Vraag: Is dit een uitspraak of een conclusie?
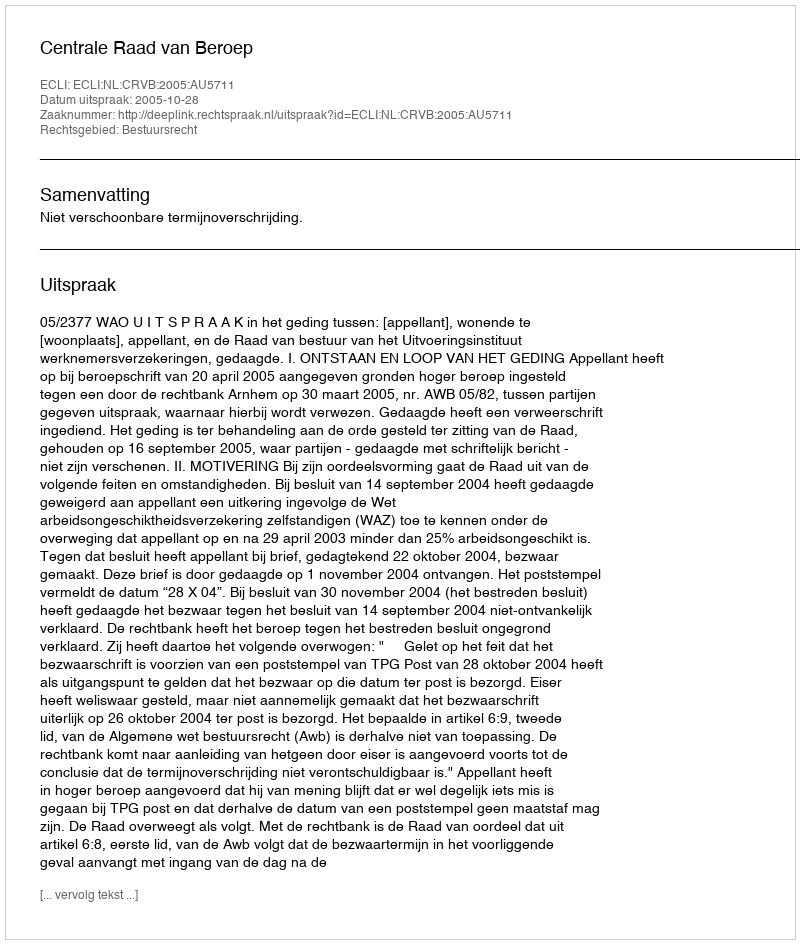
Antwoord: Uitspraak